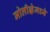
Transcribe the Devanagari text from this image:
मोलीझेमध्ये